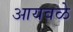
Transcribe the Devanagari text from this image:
आयवळे